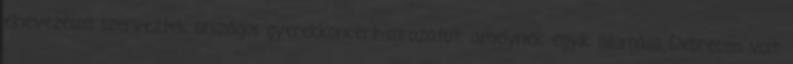
elnevezéssel szerveztek országos gyerekkoncert-sorozatot, amelynek egyik állomása Debrecen volt.